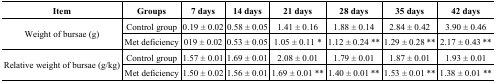
<table><thead><tr><td><b>Item</b></td><td><b>Groups</b></td><td><b>7 days</b></td><td><b>14 days</b></td><td><b>21 days</b></td><td><b>28 days</b></td><td><b>35 days</b></td><td><b>42 days</b></td></tr></thead><tbody><tr><td rowspan="2">Weight of bursae (g)</td><td>Control group</td><td>0.19 ± 0.02</td><td>0.58 ± 0.05</td><td>1.41 ± 0.16</td><td>1.88 ± 0.14</td><td>2.84 ± 0.42</td><td>3.90 ± 0.46</td></tr><tr><td>Met deficiency</td><td>019 ± 0.02</td><td>0.53 ± 0.05</td><td>1.05 ± 0.11 *</td><td>1.12 ± 0.24 **</td><td>1.29 ± 0.28 **</td><td>2.17 ± 0.43 **</td></tr><tr><td rowspan="2">Relative weight of bursae (g/kg)</td><td>Control group</td><td>1.57 ± 0.01</td><td>1.69 ± 0.01</td><td>2.08 ± 0.01</td><td>1.79 ± 0.01</td><td>1.87 ± 0.01</td><td>1.93 ± 0.01</td></tr><tr><td>Met deficiency </td><td>1.50 ± 0.02</td><td>1.56 ± 0.01</td><td>1.69 ± 0.01 **</td><td>1.40 ± 0.01 **</td><td>1.53 ± 0.01 **</td><td>1.38 ± 0.01 **</td></tr></tbody></table>